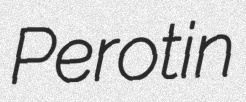
Perotin